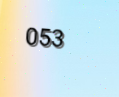
053